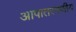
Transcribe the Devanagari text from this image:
आपातरमणीय